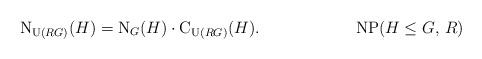
LaTeX: \begin{align*} \textup{N}_{\textup{U}(RG)}(H) = \textup{N}_G(H) \cdot \textup{C}_{\textup{U}(RG)}(H). \tag*{NP($H \leq G$, $R$)} \end{align*}